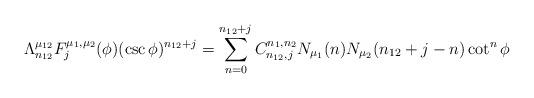
LaTeX: \begin{align*} \Lambda_{n_{12}}^{\mu_{12}} F_j^{\mu_1,\mu_2}(\phi)(\csc\phi)^{n_{12}+j} = \displaystyle\sum\limits_{n=0}^{n_{12}+j}C^{n_1, n_2}_{n_{12}, j} N_{\mu_1}(n)N_{\mu_2}(n_{12}+j-n)\cot^{n}\phi\end{align*}